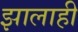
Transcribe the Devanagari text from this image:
झालाही